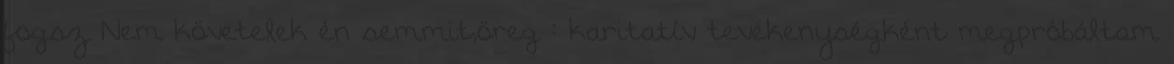
fogsz Nem követelek én semmit,öreg : karitatív tevékenységként megpróbáltam